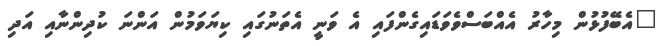
"އެބޭފުޅުން މިހާރު އެއްބަސްވެވަޑައިގެންފައި އެ ވަނީ އެތަނުގައި ކިޔަވަމުން އަންނަ ކުދިންނާއި އަދި